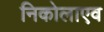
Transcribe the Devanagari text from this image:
निकोलाएव